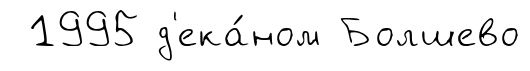
1995 д'ека́ном Болшево